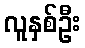
လူနှစ်ဦး